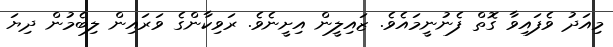
މިއަދު ވެފައިވާ ގޮތް ފެނުނީމައެވެ. ޒައިލީން އިށީނެވެ. ރަވިކާންގެ ވަރައިން ލިބެމުން ދިޔަ